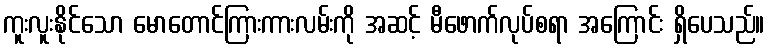
ကူးလူးနိုင်သော မောတောင်ကြားကားလမ်းကို အဆင့် မီဖောက်လုပ်စရာ အကြောင်း ရှိပေသည်။